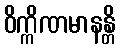
ဝိက္ကိဏမာနန္တိ